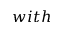
w i t h